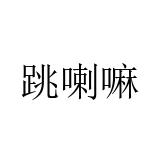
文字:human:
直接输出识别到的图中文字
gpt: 跳喇嘛